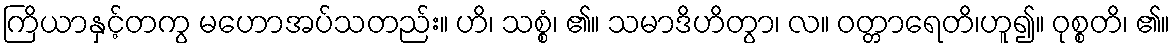
ကြိယာနှင့်တကွ မဟောအပ်သတည်း။ ဟိ၊ သစ္စံ၊ ၏။ သမာဒိဟိတွာ၊ လ။ ဝတ္တာရေတိ၊ဟူ၍။ ဝုစ္စတိ၊ ၏။